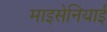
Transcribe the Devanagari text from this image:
माइसेनियाई